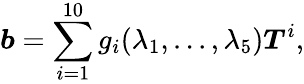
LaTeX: \boldsymbol{b}=\sum_{i=1}^{10}g_{i}(\lambda_{1},...,\lambda_{5})\boldsymbol{T}^{i},